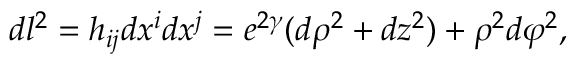
d l ^ { 2 } = h _ { i j } d x ^ { i } d x ^ { j } = e ^ { 2 \gamma } ( d \rho ^ { 2 } + d z ^ { 2 } ) + \rho ^ { 2 } d \varphi ^ { 2 } ,